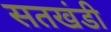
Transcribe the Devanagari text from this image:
सतखंडी